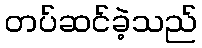
တပ်ဆင်ခဲ့သည်